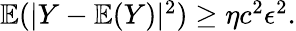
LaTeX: \begin{array}{r}{\mathbb{E}(|Y-\mathbb{E}(Y)|^{2})\geq\eta c^{2}\epsilon^{2}.}\end{array}